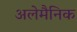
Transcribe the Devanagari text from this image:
अलेमैनिक